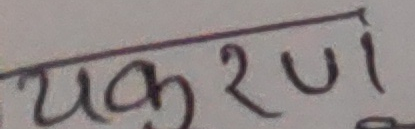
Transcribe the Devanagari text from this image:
करण